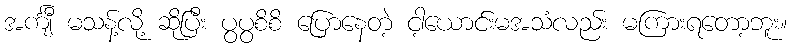
အင်္ကျီ မသန့်လို့ ဆိုပြီး ပွပွစိစိ ပြောနေတဲ့ ငါ့ယောင်းမအသံလည်း မကြားရတော့ဘူး။